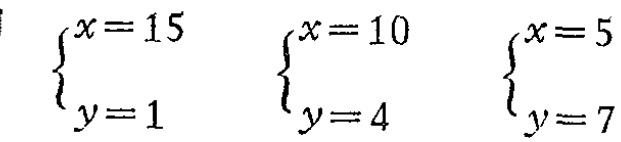
\(\begin{cases}x = 15\\y = 1\end{cases}\) \(\begin{cases}x = 10\\y = 4\end{cases}\) \(\begin{cases}x = 5\\y = 7\end{cases}\)